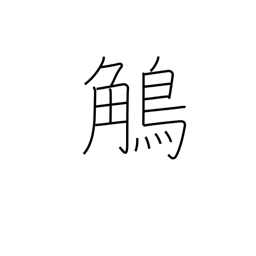
Meaning: grosbeak